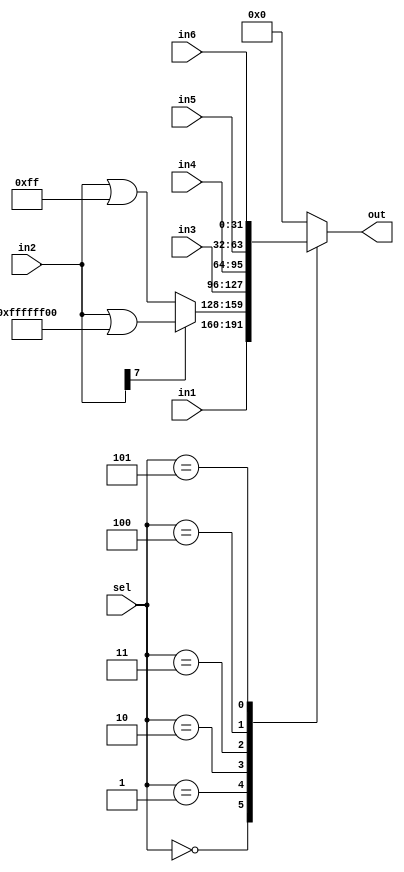
/* 
Single cycle RISC-V CPU (RV32I)
Author: Mehran Goli
Version: 1.0
Date: 01-10-2020
*/

`timescale 1ns/1ns
	
module MUX_to_Reg_File #(parameter n = 32, m=3) 
  (input [n-1:0] in1, in2, in3, in4, in5, in6,
   input [m-1:0] sel,
   output reg [n-1:0] out);
	
	wire [n-1:0] load_byte; // here LB and LW are the same
	wire sign_flag;
	

	 always@(sel, in1, load_byte, in3, in4, in5, in6) begin
		case (sel)
			3'b000: out = in1;	// result of reg
			3'b001: out = load_byte;	// LB (Load Byte) from memory data out
			3'b010: out = in3;	// LW from memory data out
			3'b011: out = in4;	// pc
			3'b100: out = in5;	// reserved for multiplication result
			3'b101: out = in6;	// pc+4
			default : out = {n{1'b0}};
		endcase
	end
	
	assign sign_flag = in2[7];
	assign load_byte = sign_flag ? (in2 | 32'hffffff00) : (in2 | 32'h000000ff); //sign extention

endmodule